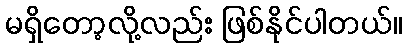
မရှိတော့လို့လည်း ဖြစ်နိုင်ပါတယ်။